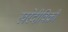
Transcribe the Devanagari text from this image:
खरेदीविक्री